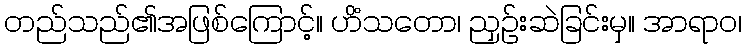
တည်သည်၏အဖြစ်ကြောင့်။ ဟိံသတော၊ ညှဉ်းဆဲခြင်းမှ။ အာရာဝ၊